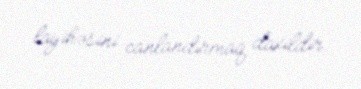
layihəsini canlandırmaq daxildir.